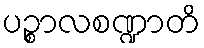
ပဉ္စာလစဏ္ဍာတိ